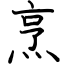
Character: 烹